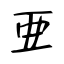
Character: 亜